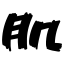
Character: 肌